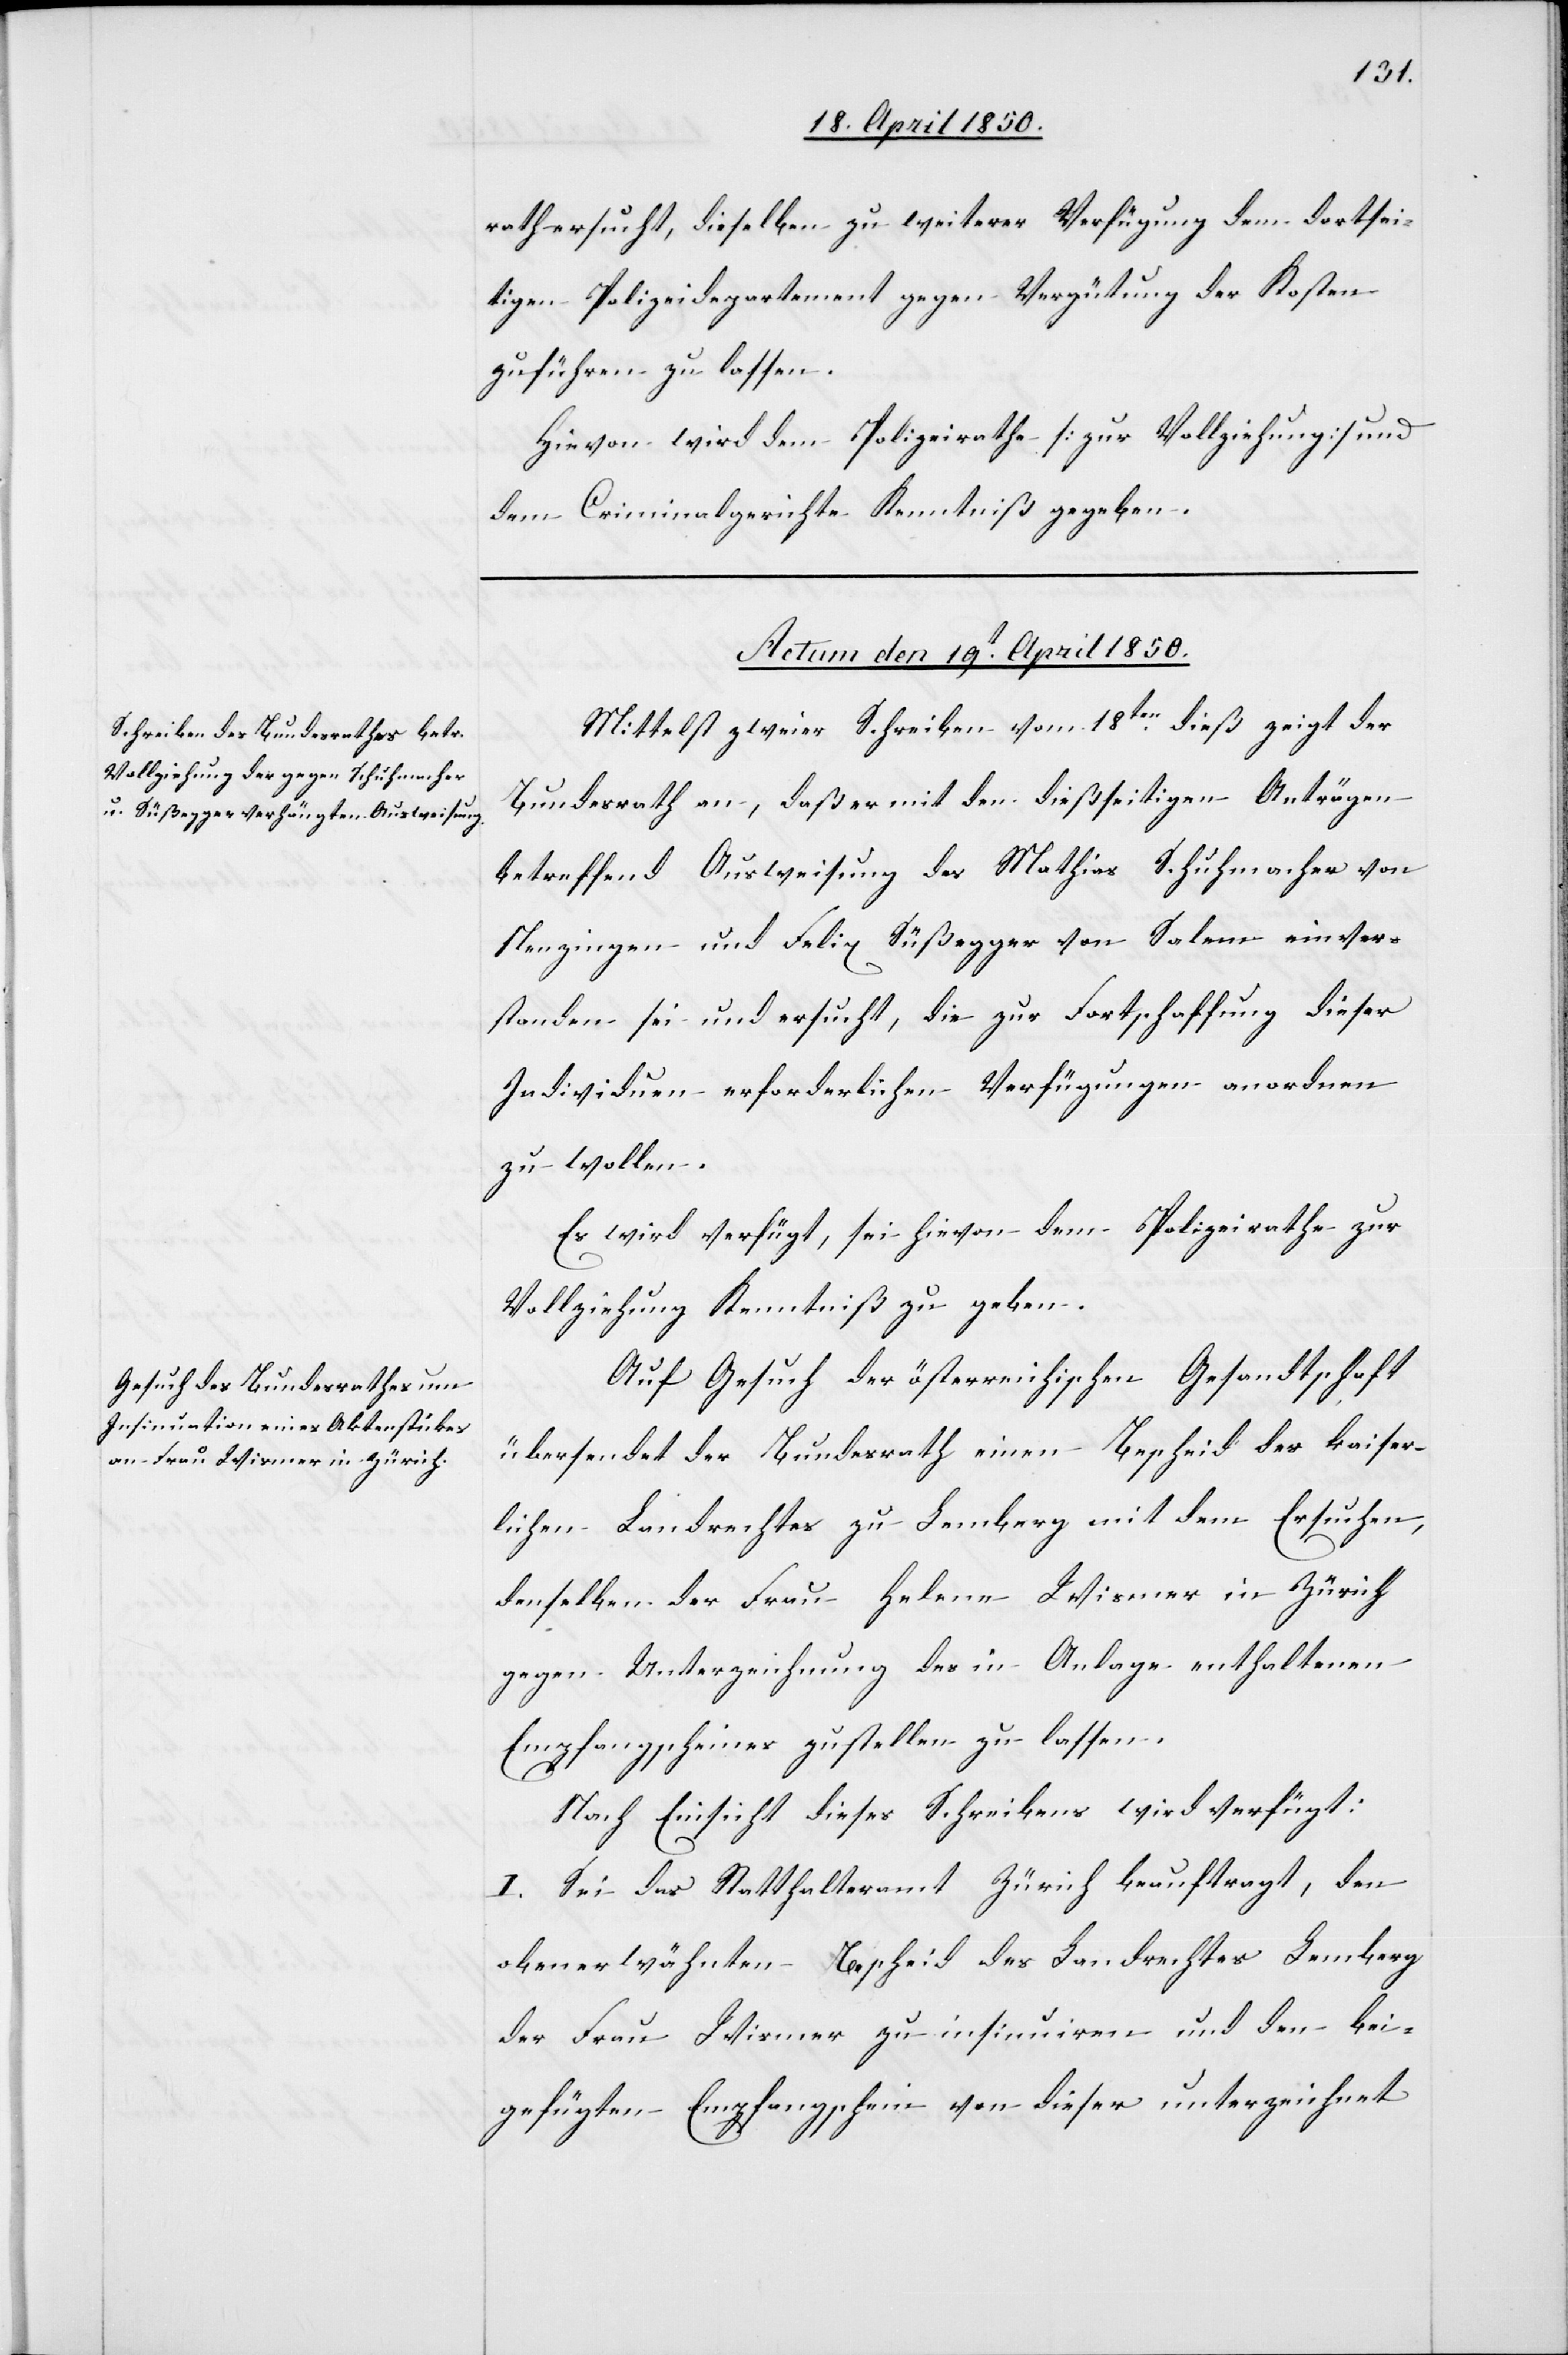
rath ersucht, dieselben zu weiterer Verfügung dem dortsei¬
tigen Polizeidepartement gegen Vergütung der Kosten
zuführen zu lassen.
Hievon wird dem Polizeirathe [zur Vollziehung] und
dem Criminalgerichte Kenntniß gegeben.
Actum den 19t April 1850.]
Mittelst zweier Schreiben vom 18ten dieß zeigt der
Bundesrath an, daß er mit den dießseitigen Anträgen
betreffend Ausweisung des Mathias Schuhmacher von
Nenzingen und Felix Süßegger von Salem einver¬
standen sei und ersucht, die zur Fortschaffung dieser
Individuen erforderlichen Verfügungen anordnen
zu wollen.
Es wird verfügt, sei hievon dem Polizeirathe zur
Vollziehung Kenntniß zu geben.
Auf Gesuch der österreichischen Gesandtschaft
übersendet der Bundesrath einen Bescheid des kaiser¬
lichen Landrechtes zu Lemberg mit dem Ersuchen,
denselben der Frau Helene Wismer in Zürich
gegen Unterzeichnung des in Anlage enthaltenen
Empfangscheines zustellen zu lassen.
Nach Einsicht dieses Schreibens wird verfügt:
I. Sei das Statthalteramt Zürich beauftragt, den
obenerwähnten Bescheid des Landrechtes Lemberg
der Frau Wismer zu insinuiren und den bei¬
gefügten Empfangschein von dieser unterzeichnet